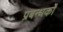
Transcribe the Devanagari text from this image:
प्रबन्धकांे